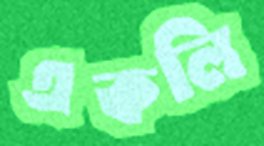
একলি